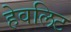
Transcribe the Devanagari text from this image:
हेवलिट